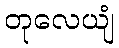
တုလေယျံ